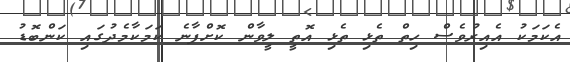
އެކަމަކު އެއިރުވެސް ހިތް ތެޅި ތެޅި އޮތީ ލީވާން ކޮށްފާނެ ކަމަކާމެދުގައި ކަންބޮޑު